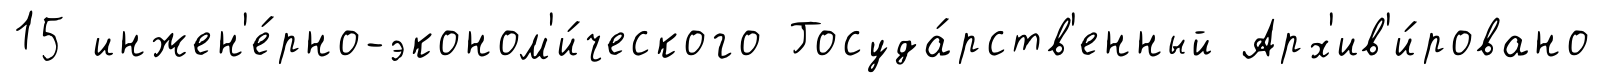
15 инжен'е́рно-эконом'и́ческого Госуда́рств'енный Арх'ив'и́ровано